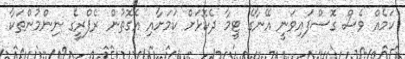
ކަމެއް ވެސް ގޮސްފައިވަނީ އޭނާގެ ޓީމާ ދެކޮޅަށް ކަމަށާއި އެގޮތުން ރެފްރީގެ ނިންމުންތަކާ